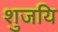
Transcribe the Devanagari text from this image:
शुजयि